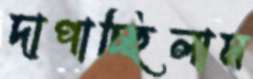
দাপাচ্ছিলাম